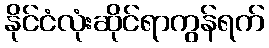
နိုင်ငံလုံးဆိုင်ရာကွန်ရက်